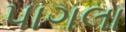
પાગલા